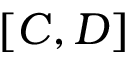
[ C , D ]